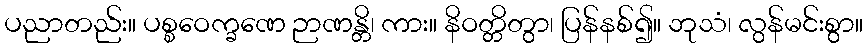
ပညာတည်း။ ပစ္စဝေက္ခဏေ ဉာဏန္တိ၊ ကား။ နိဝတ္တိတွာ၊ ပြန်နစ်၍။ ဘုသံ၊ လွန်မင်းစွာ။